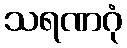
သရဏဂုံ